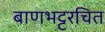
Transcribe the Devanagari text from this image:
बाणभट्टरचित